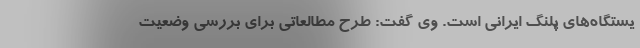
یستگاه‌های پلنگ ایرانی است. وی گفت: طرح مطالعاتی برای بررسی وضعیت